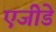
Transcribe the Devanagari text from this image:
एजीडे